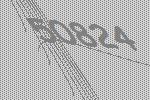
50824